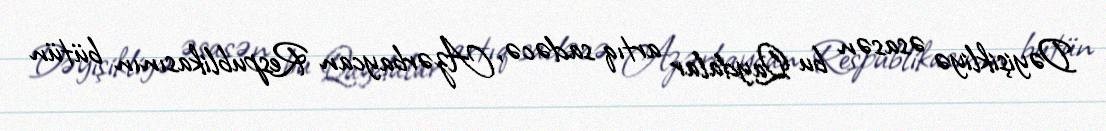
Dəyişikliyə əsasən bu Qaydalar artıq sadəcə, Azərbaycan Respublikasının bütün